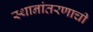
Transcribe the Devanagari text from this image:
स्थानांतरणाची